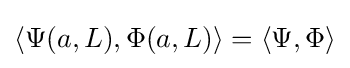
\langle \Psi (a,L),\Phi (a,L)\rangle =\langle \Psi ,\Phi \rangle